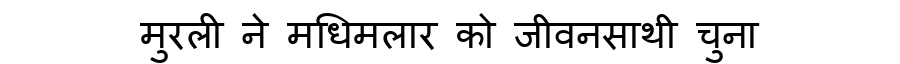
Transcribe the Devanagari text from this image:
मुरली ने मधिमलार को जीवनसाथी चुना